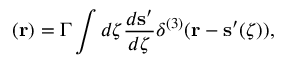
{ \bf \omega } ( { \bf r } ) = \Gamma \int d \zeta \frac { d { \bf s } ^ { \prime } } { d \zeta } \delta ^ { ( 3 ) } ( { \bf r } - { \bf s } ^ { \prime } ( \zeta ) ) ,